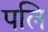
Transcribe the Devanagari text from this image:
पलि